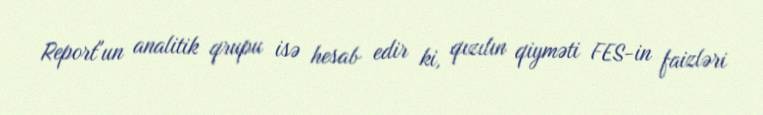
Report"un analitik qrupu isə hesab edir ki, qızılın qiyməti FES-in faizləri